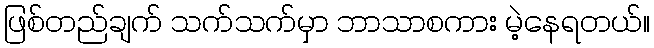
ဖြစ်တည်ချက် သက်သက်မှာ ဘာသာစကား မဲ့နေရတယ်။